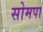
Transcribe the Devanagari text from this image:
सोमपा